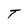
Character: T